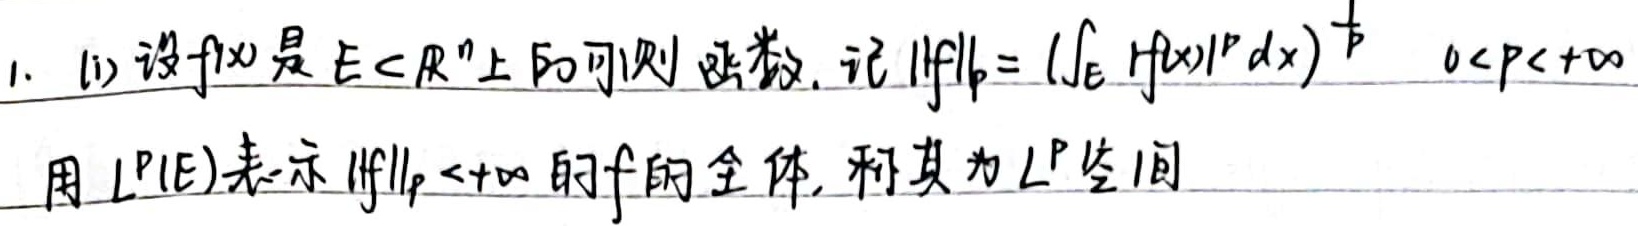
1. (i) 设\(f(x)\)是\(E \subset \mathbb{R}^n\)上的可测函数。记
\(\|f\|_p = \left(\int_E |f(x)|^p \mathrm{d}x\right)^{\frac{1}{p}}, \quad 0 < p < +\infty\)
用\(L^p(E)\)表示\(\|f\|_p < +\infty\)的\(f\)的全体，称其为\(L^p\)空间。